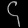
Digit: ၄